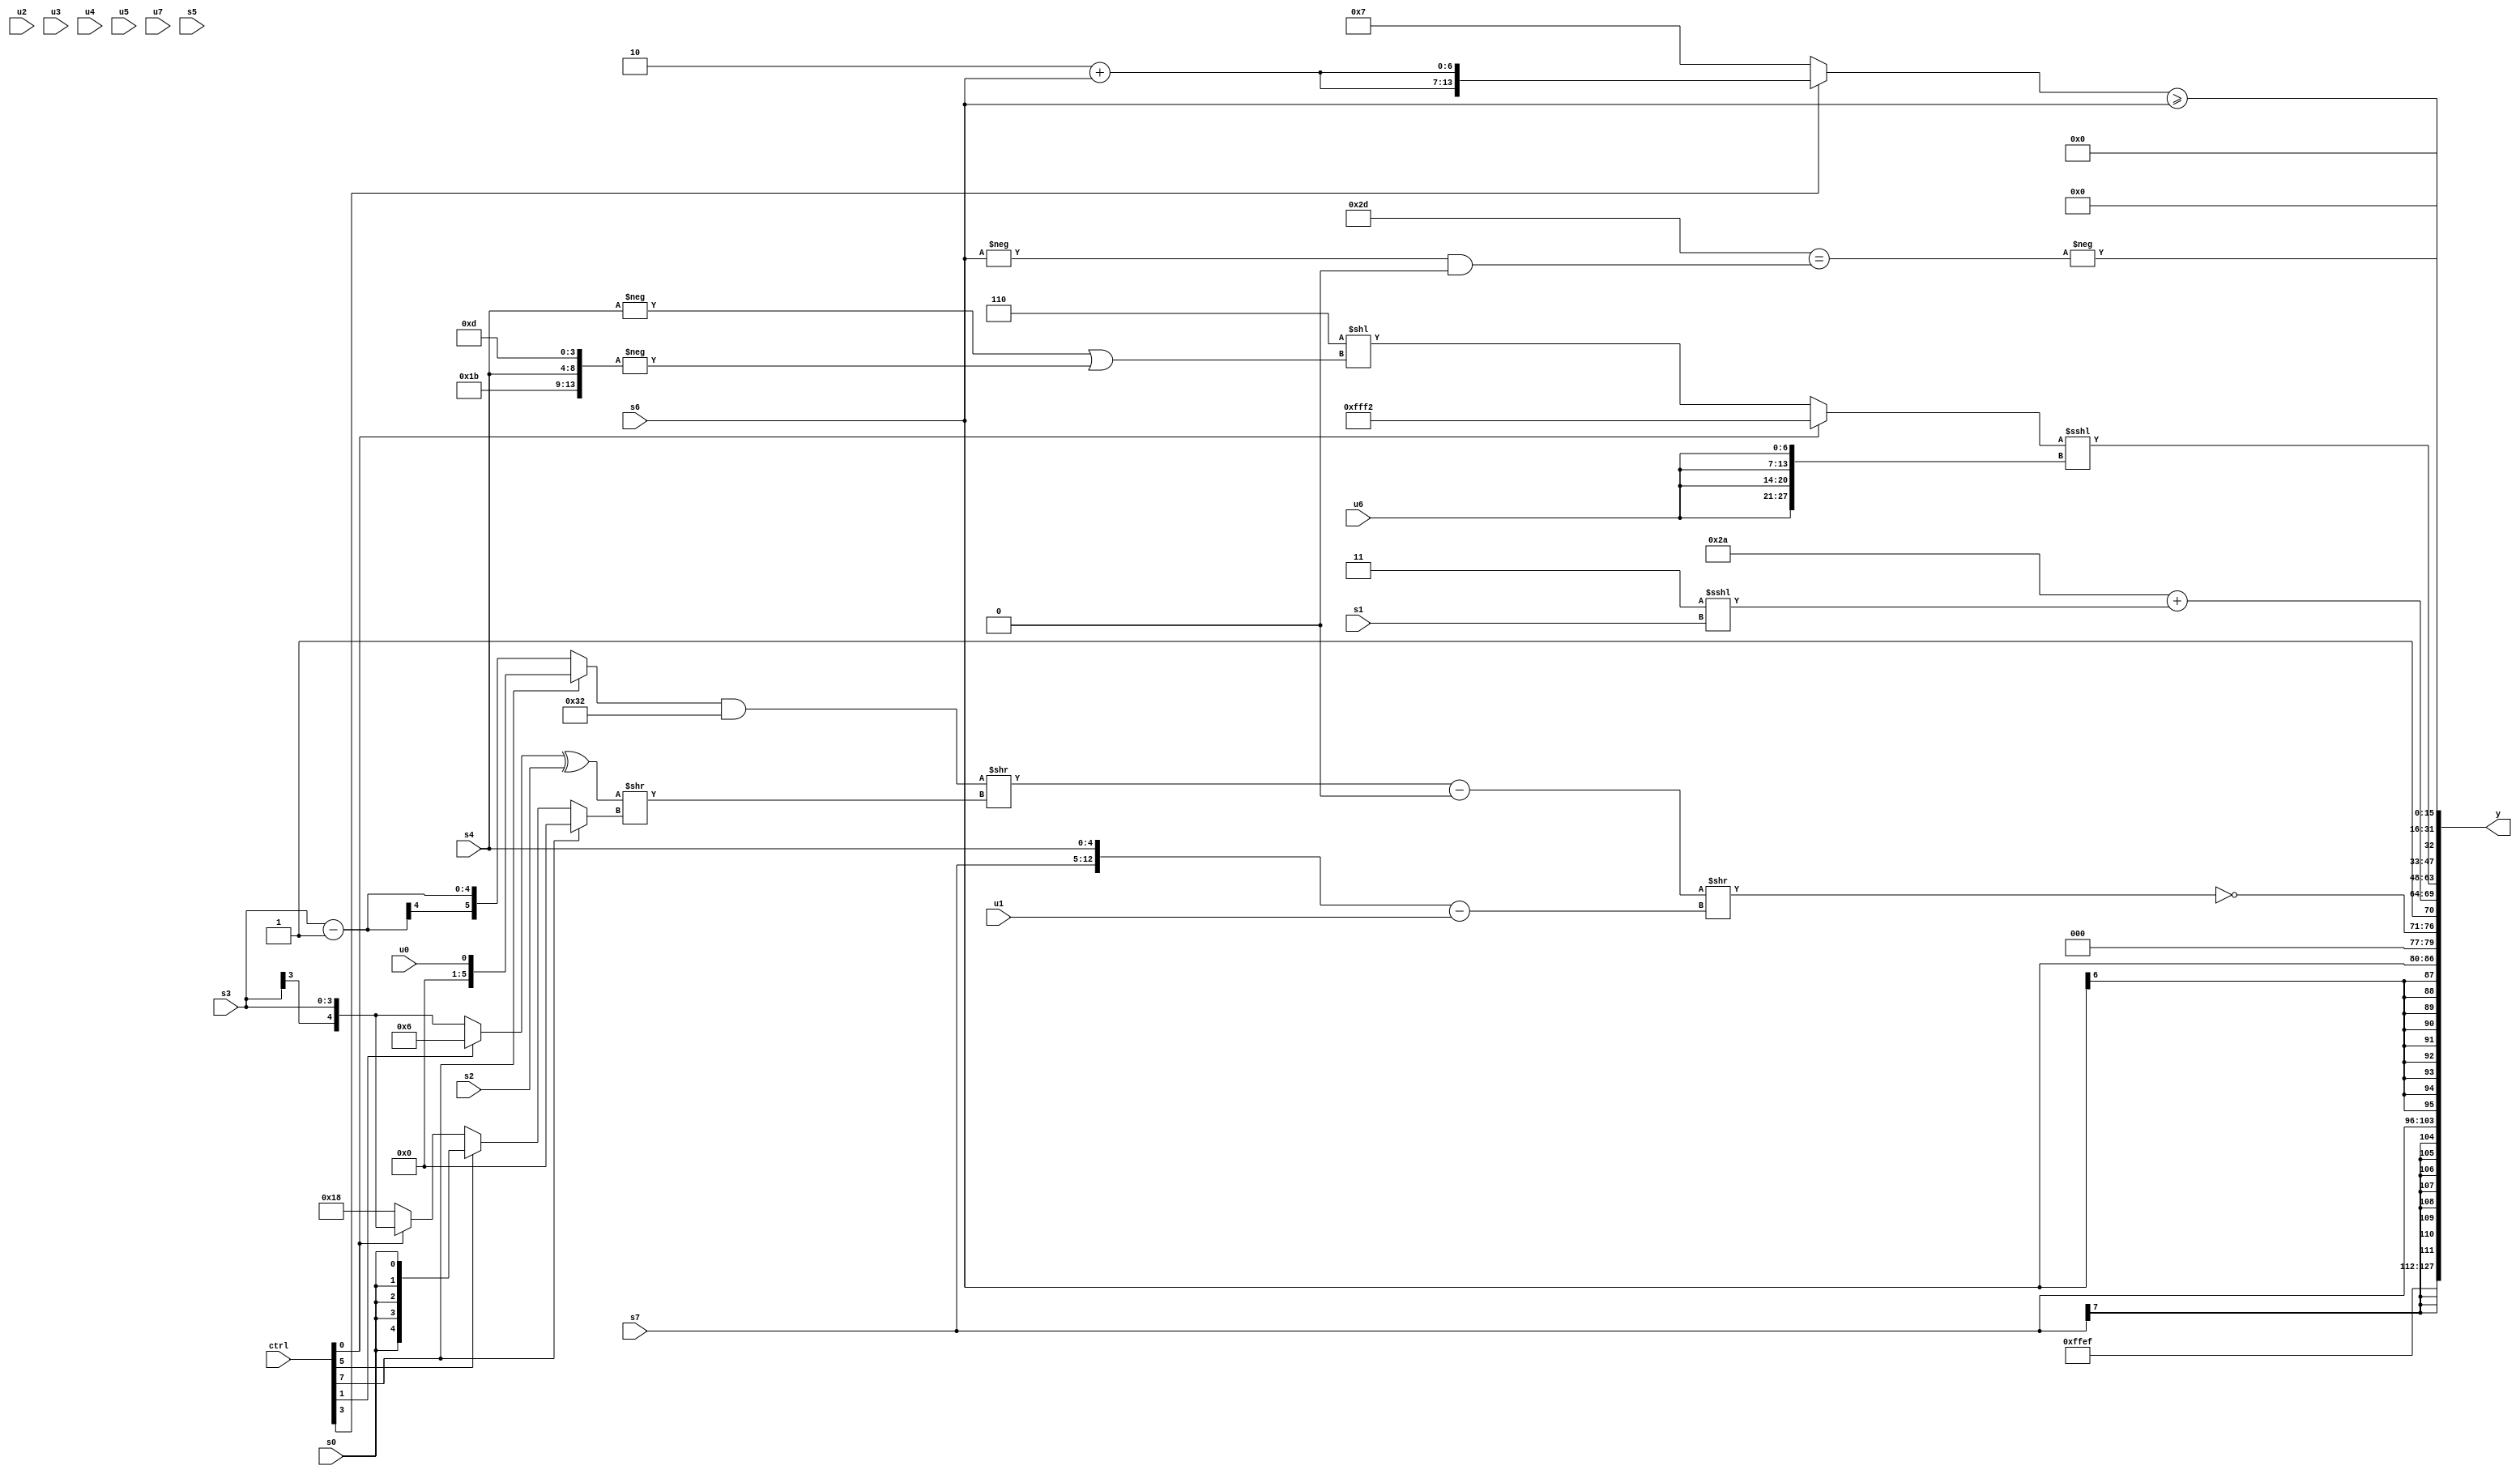
module wideexpr_00109(ctrl, u0, u1, u2, u3, u4, u5, u6, u7, s0, s1, s2, s3, s4, s5, s6, s7, y);
  input [7:0] ctrl;
  input [0:0] u0;
  input [1:0] u1;
  input [2:0] u2;
  input [3:0] u3;
  input [4:0] u4;
  input [5:0] u5;
  input [6:0] u6;
  input [7:0] u7;
  input signed [0:0] s0;
  input signed [1:0] s1;
  input signed [2:0] s2;
  input signed [3:0] s3;
  input signed [4:0] s4;
  input signed [5:0] s5;
  input signed [6:0] s6;
  input signed [7:0] s7;
  output [127:0] y;
  wire [15:0] y0;
  wire [15:0] y1;
  wire [15:0] y2;
  wire [15:0] y3;
  wire [15:0] y4;
  wire [15:0] y5;
  wire [15:0] y6;
  wire [15:0] y7;
  assign y = {y0,y1,y2,y3,y4,y5,y6,y7};
  assign y0 = $signed($signed(6'sb101111));
  assign y1 = s7;
  assign y2 = s6;
  assign y3 = {~(((($signed(((ctrl[7]?+(u0):(s3)-(1'sb1)))&(6'sb110010)))>>(($signed(((ctrl[1]?5'sb00110:s3))^(+(s2))))>>((ctrl[7]?(-(2'sb00))<<<(+(4'sb0000)):(ctrl[5]?(ctrl[7]?s0:s0):(ctrl[0]?s3:5'sb11000))))))-(1'sb0))>>(({s7,$signed(s4)})-(u1))),-({1'sb1}),($signed(6'sb101010))+($signed((2'b11)<<<(s1)))};
  assign y4 = ((ctrl[0]?-($unsigned(6'sb001110)):(ctrl[0]?s7:(5'sb00110)<<((-($signed(s4)))|(-({1'sb1,4'sb1011,s4,4'sb1101}))))))<<<({4{u6}});
  assign y5 = ((ctrl[3]?$unsigned({{2{{1{(3'b010)+(s6)}}}}}):{5'sb00111}))>=(s6);
  assign y6 = {3{3'sb000}};
  assign y7 = -((6'sb101101)==(((-(s6))&(6'sb000000))<<(2'sb00)));
endmodule